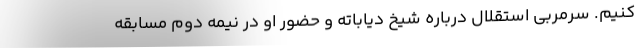
کنیم. سرمربی استقلال درباره شیخ دیاباته و حضور او در نیمه دوم مسابقه